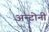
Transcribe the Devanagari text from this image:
अन्टोनी